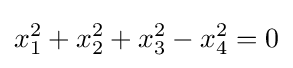
x_{1}^{2}+x_{2}^{2}+x_{3}^{2}-x_{4}^{2}=0